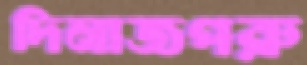
দিনাজপরু